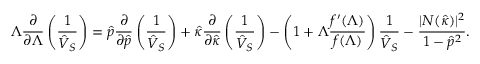
\Lambda \frac { \partial } { \partial \Lambda } \left( \frac { 1 } { \hat { V } _ { S } } \right) = \hat { p } \frac { \partial } { \partial \hat { p } } \left( \frac { 1 } { \hat { V } _ { S } } \right) + \hat { \kappa } \frac { \partial } { \partial \hat { \kappa } } \left( \frac { 1 } { \hat { V } _ { S } } \right) - \left( 1 + \Lambda \frac { f ^ { \prime } ( \Lambda ) } { f ( \Lambda ) } \right) \frac { 1 } { \hat { V } _ { S } } - \frac { | { \cal N } ( \hat { \kappa } ) | ^ { 2 } } { 1 - \hat { p } ^ { 2 } } .